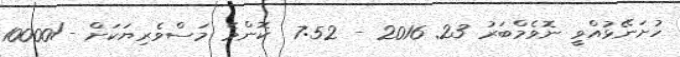
ހުށަނޭޅުއްވީ ނޮވެމްބަރު 23